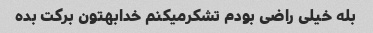
بله خیلی راضی بودم تشکرمیکنم خدابهتون برکت بده